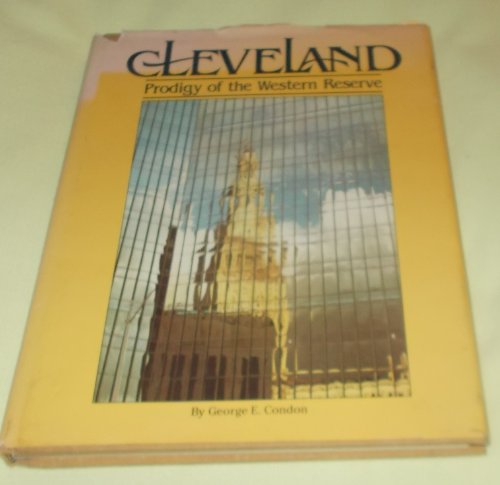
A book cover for Cleveland : Prodigy of the Western Reserve; George Condon; Travel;